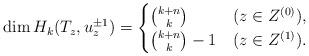
LaTeX: \begin{align*} \dim H_k (T_z ,u_z^{\pm 1}) = \begin{cases} \binom{k+n}{k} & (z\in Z^{(0)}) , \\ \binom{k+n}{k}-1 & (z\in Z^{(1)}) . \end{cases} \end{align*}